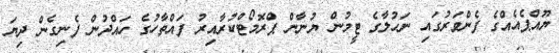
ޔޫއްޕެއެއްގެ ފެންވަރުގައި ނަހުލާގެ ޓީމުން ޔުނާން ޕްރޮމޯޓްކުރާއިރު ފައްތާހުގެ ހައްދުން ފެނިގެން ދިޔަ